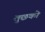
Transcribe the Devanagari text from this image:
तुछको